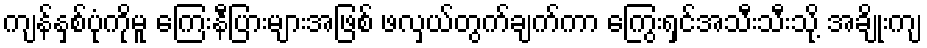
ကျန်နှစ်ပုံကိုမူ ကြေးနီပြားများအဖြစ် ဖလှယ်တွက်ချက်ကာ ကြွေးရှင်အသီးသီးသို့ အချိုးကျ